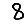
Digit: 8